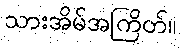
သားအိမ်အကြိတ်။